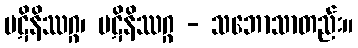
ပဋိနိဿဂ္ဂ၊ ပဋိနိဿဂ္ဂ - သဘောသာတည်း။